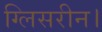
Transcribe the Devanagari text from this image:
ग्लिसरीन।